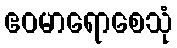
ဧဝမာရောစေသုံ